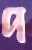
প